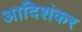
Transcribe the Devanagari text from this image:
आदिशंकर